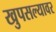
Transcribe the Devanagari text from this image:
खुपसल्यावर